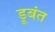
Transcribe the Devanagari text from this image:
डूबंत